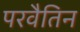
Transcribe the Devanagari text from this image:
परवैतिन